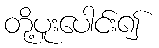
တို့ပူးပေါင်း၍